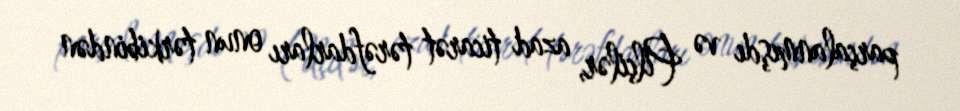
parçalanmışdı və Pilçilər, azad ticarət tərəfdarları onun tərkibindən